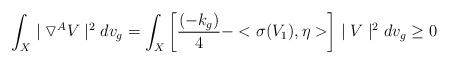
LaTeX: \begin{align*}\int_{X}\mid\triangledown^{A}V\mid^{2}dv_{g}=\int_{X}\left[\frac{(-k_{g})}{4}-<\sigma(V_{1}),\eta>\right]\mid V\mid^{2} dv_{g} \ge 0\end{align*}